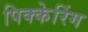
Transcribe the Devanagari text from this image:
पिक्केरिंग